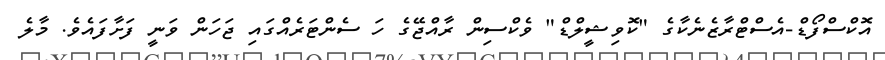
އޮކްސްފޯޑް-އެސްޓްރާޒެނެކާގެ "ކޮވިޝީލްޑް" ވެކްސިން ރާއްޖޭގެ ހަ ސެންޓަރެއްގައި ޖަހަން ވަނީ ފަށާފައެވެ. މާލެ